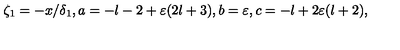
\zeta _ { 1 } = - x / \delta _ { 1 } , a = - l - 2 + \varepsilon ( 2 l + 3 ) , b = \varepsilon , c = - l + 2 \varepsilon ( l + 2 ) ,